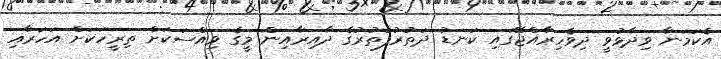
އެކަމަނާ ވިދާޅުވީ ދިވެހިރާއްޖޭގައި ކަނޑު ދަތުރުފަތުރުގެ ދާއިރާއިން މީގެ ވިއްސަކަށް ތިރީހަކަށް އަހަރާއި